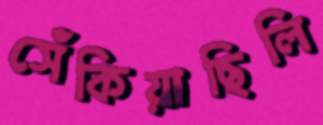
সেঁকিয়াছিলি